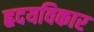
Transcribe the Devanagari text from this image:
ह्रदयविकार